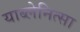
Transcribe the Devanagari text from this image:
याब्लेनित्सा